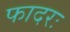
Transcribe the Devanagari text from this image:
फादरः